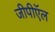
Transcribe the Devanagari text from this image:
जीपीऍल